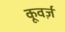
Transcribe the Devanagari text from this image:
कूवर्ज़